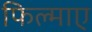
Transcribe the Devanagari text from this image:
फिल्‍माए